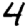
Digit: 4